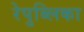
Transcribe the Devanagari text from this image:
रेपुब्लिका